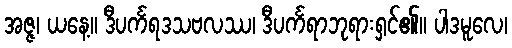
အဇ္ဇ၊ ယနေ့။ ဒီပင်္ကရဒသဗလဿ၊ ဒီပင်္ကရာဘုရားရှင်၏။ ပါဒမူလေ၊